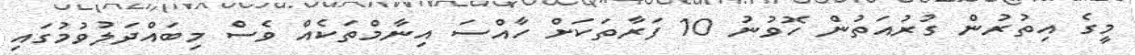
މީގެ އިތުރުން ގުރުއަތުން ހޮވުނު 10 ފަރާތަކަށް ހާއްސަ އިނާމްތަކެއް ވެސް މިބައްދަލުވުމުގައި